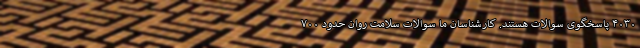
۴۰۳۰ پاسخگوی سوالات هستند. کارشناسان ما سوالات سلامت روان حدود ۷۰۰